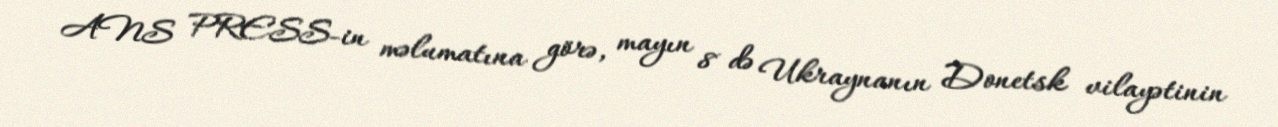
ANS PRESS-in məlumatına görə, mayın 8 də Ukraynanın Donetsk vilayətinin